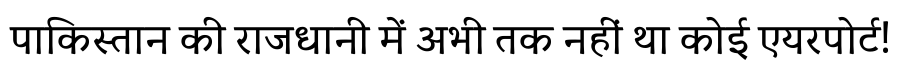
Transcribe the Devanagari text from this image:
पाकिस्तान की राजधानी में अभी तक नहीं था कोई एयरपोर्ट!